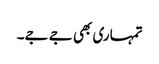
تمہاری بھی جے جے۔